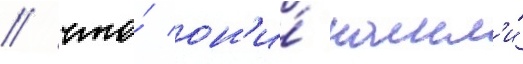
/ что́ он'и́ нашл'и́